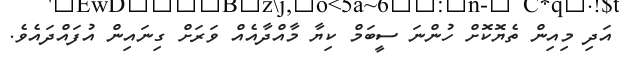
އަދި މިއިން ތެޔޮކޮށް ހުންނަ ސީބަމް ކިޔާ މާއްދާއެއް ވަރަށް ގިނައިން އުފައްދައެވެ.